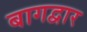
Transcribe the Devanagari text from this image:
बागद्वार